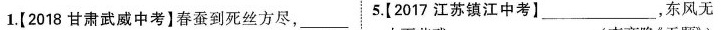
1.[2018甘肃武威中考】春蚕到死丝方尽，___ 5.(2017江苏镇江中考】___，东风无